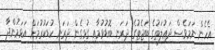
އެެހެން ނަމަވެސް ދަޢުލަތުގެ ބަޖެޓުގެ ދަރަނި ބޮޑުވުމާއި ގުޅިގެން ދަރަނި ކުޑަކުރުމަށް އަޅަމުންދާ